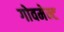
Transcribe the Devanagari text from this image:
गोवमेन्ट